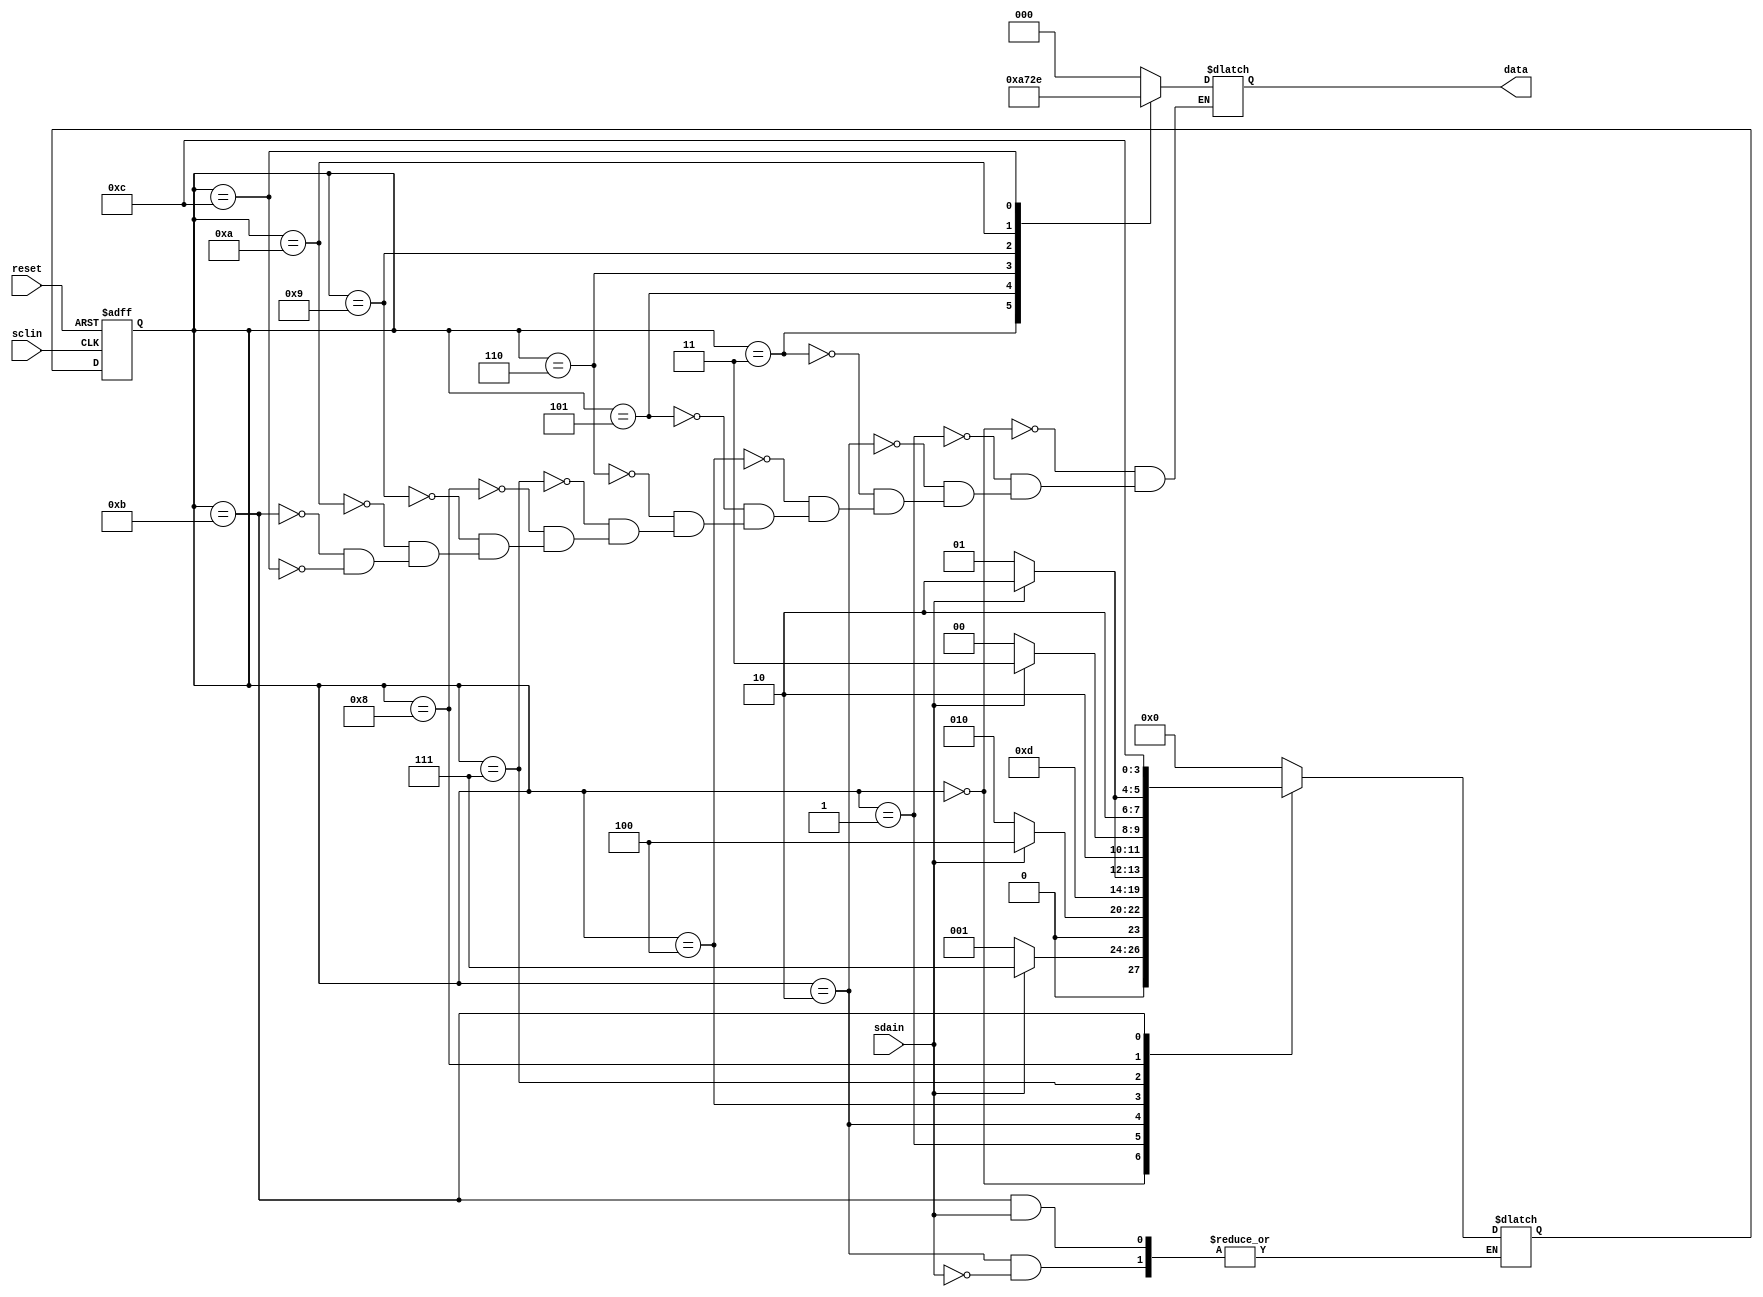
module receptor(
	input sdain, sclin, reset,
	output reg [2:0]data);

	parameter A0 = 4'b0000, A1 = 4'b0001, A2 = 4'b0010, A3 = 4'b0011, A4 = 4'b0100, A5 = 4'b0101, A6 = 4'b0110, A7 = 4'b0111, A8 = 4'b1000, A9 = 4'b1001, A10 = 4'b1010, A11 = 4'b1011, A12 = 4'b1100;
	reg [3:0] state, next_state;


// nube combinacional entrada
	always @ (state or sdain) begin
        case (state)
            A0: begin 
				if (sdain == 0)begin
					next_state <= A1;
				end else if (sdain == 1) begin
					next_state <= A7;
				end else
					next_state <= A0;
			end
			A1: begin 
				if (sdain == 0)
					next_state <= A2;
				else
					next_state <= A4;
			end
			A2: begin 
				if (sdain == 1)
					next_state <= A3;
			end
			A3: begin 
				next_state <= A0;
			end
			A4: begin 
				if (sdain == 0)
					next_state <= A5;
				else 
					next_state <= A6;
			end
			A5: begin 
				next_state <= A0;
			end
			A6: begin 
				next_state <= A0;
			end
			A7: begin 
				if (sdain == 1)
					next_state <= A11;
				else
					next_state <= A8;
			end
			A8: begin 
				if (sdain == 0)
					next_state <= A9;
				else
					next_state <= A10;
			end
			A9: begin 
				next_state <= A0;
			end
			A10: begin 
				next_state <= A0;
			end
			A11: begin 
				if (sdain == 0)
					next_state <= A12;
			end
			A12: begin 
				next_state <= A0;
			end
		default: next_state <= A0;

		endcase
	end

// banco FF

	always @ (posedge sclin or posedge reset) begin
		if (reset == 1)
			state <= A0;
		else
			state <= next_state;
		end
		initial state <= A0; 

// nube combinacional salida

    always @ (state) begin
        case(state)
            A0: begin data <= 3'b000; end
			A1: begin data <= 3'b000; end
			A2: begin data <= 3'b000; end
			A3: begin data <= 3'b001; end	// opcion A
			A4: begin data <= 3'b000; end
			A5: begin data <= 3'b010; end	// opcion B
			A6: begin data <= 3'b011; end	// Pagar
			A7: begin data <= 3'b000; end
			A8: begin data <= 3'b000; end
			A9: begin data <= 3'b100; end	//Cancelar
			A10: begin data <= 3'b101; end	//No existencias
			A11: begin data <= 3'b000; end
			A12: begin data <= 3'b110; end	//Gracias

        endcase
    end
	
endmodule